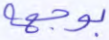
بوجهه